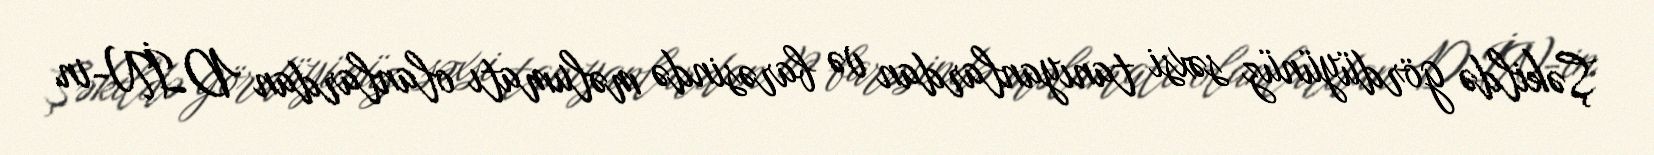
Şəkildə gördüyünüz səxsi tanıyanlardan və barəsində məlumatı olanlardan DİN-in